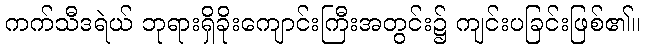
ကက်သီဒရဲယ် ဘုရားရှိခိုးကျောင်းကြီးအတွင်း၌ ကျင်းပခြင်းဖြစ်၏။